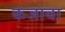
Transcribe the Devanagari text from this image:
कजावा